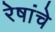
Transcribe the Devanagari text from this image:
रेषांचे